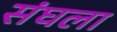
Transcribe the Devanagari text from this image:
संघला